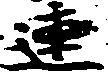
連